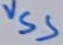
Text: VSS